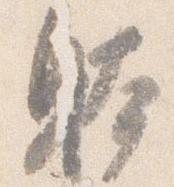
躰